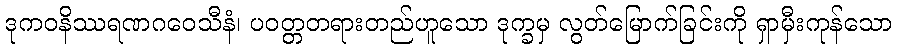
ဒုကဝနိဿရဏဂဝေသီနံ၊ ပဝတ္တတရားတည်ဟူသော ဒုက္ခမှ လွတ်မြောက်ခြင်းကို ရှာမှီးကုန်သော